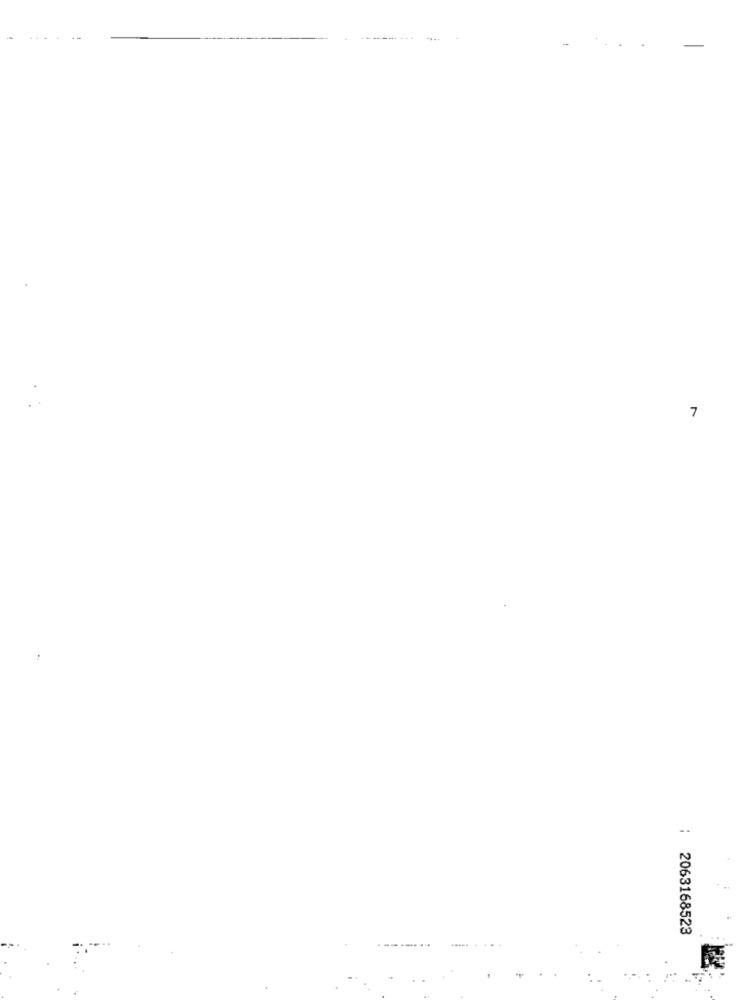
7
: 2063168523
..... ...